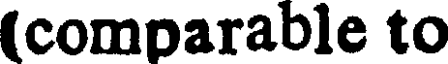
(comparable to